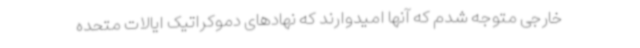
خارجی متوجه شدم که آنها امیدوارند که نهادهای دموکراتیک ایالات متحده